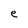
Character: e